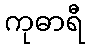
ကုဓာရီ